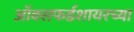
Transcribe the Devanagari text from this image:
ऑक्सफर्डशायरच्या